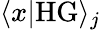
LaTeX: \langle x|\mathrm{HG}\rangle_{j}